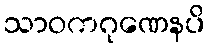
သာဝကဂုဏေနပိ